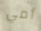
أمي